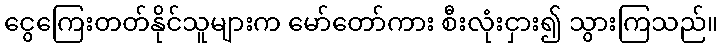
ငွေကြေးတတ်နိုင်သူများက မော်တော်ကား စီးလုံးငှား၍ သွားကြသည်။